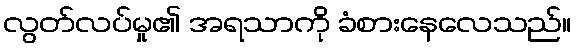
လွတ်လပ်မှု၏ အရသာကို ခံစားနေလေသည်။